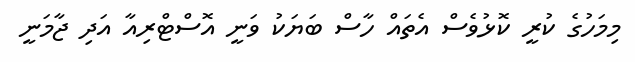
މިމަހުގެ ކުރީ ކޮޅުވެސް އެތައް ހާސް ބަޔަކު ވަނީ އޮސްޓްރިއާ އަދި ޖާމަނީ